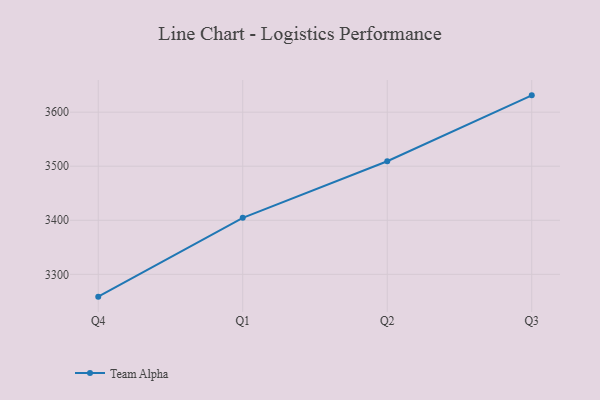
{"axis": {"x": "Quarter", "y": "Latency (ms)"}, "legend": ["Team Alpha"], "data": [{"x": "Q4", "y": 3258.7, "type": "Team Alpha"}, {"x": "Q1", "y": 3404.5, "type": "Team Alpha"}, {"x": "Q2", "y": 3509.2, "type": "Team Alpha"}, {"x": "Q3", "y": 3631.1, "type": "Team Alpha"}]}